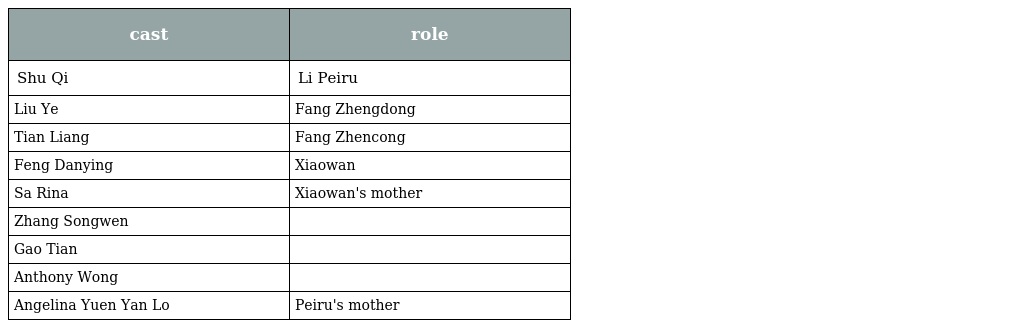
| cast | role |
 | --- | --- |
 | Shu Qi | Li Peiru |
 | Liu Ye | Fang Zhengdong |
 | Tian Liang | Fang Zhencong |
 | Feng Danying | Xiaowan |
 | Sa Rina | Xiaowan's mother |
 | Zhang Songwen |  |
 | Gao Tian |  |
 | Anthony Wong |  |
 | Angelina Yuen Yan Lo | Peiru's mother |